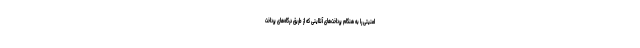
امنیتی را به هنگام پرداخت‌های آنلاینی که از طریق درگاه‌های پرداخت